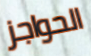
الحواجز